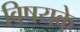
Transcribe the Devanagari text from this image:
विषयके